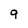
Character: 9